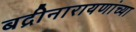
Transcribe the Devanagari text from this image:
बद्रीनारायणांच्या